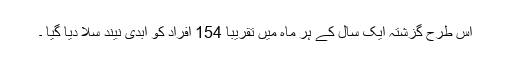
اس طرح گزشتہ ایک سال کے ہر ماہ میں تقریبا 154 افراد کو ابدی نیند سلا دیا گیا ۔